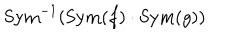
LaTeX: \mathrm { S y m } ^ { - 1 } ( \mathrm { S y m } ( f ) \cdot \mathrm { S y m } ( g ) )